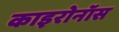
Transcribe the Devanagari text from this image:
काइरोनॉस